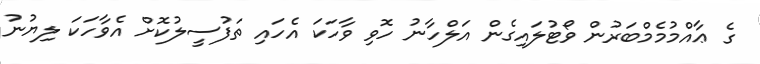
ގެ ޢާއްމުމެމްބަރުން ވޯޓުލައިގެން އަލްހާނު ހޮވި ވާހަކަ އެހައި ތަފުސީލުކޮށް އެވާހަކަ ލިޔުނު